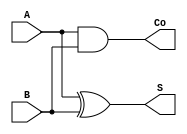
// Half Adder

module half_adder(
  input  A, B, // Input Operands
  output S,    // Sum
  output Co);  // Carry Out

  parameter DLY = 5; // Gate Delay

  xor #DLY ha_xor(S,A,B); //Compute Sum
  and #DLY ha_and(Co,A,B);//Compute Carry Out
endmodule